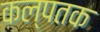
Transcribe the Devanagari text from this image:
कल्पतक